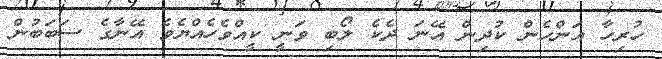
ހުރިހާ އަންހެން ކުދިން އޭނަ ދެކެ ލޯބި ވަނީ ކީއްވެހެއްޔެވެ އޭނާގެ ސަބަބުން